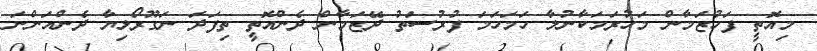
މިއޮތީ ފަހުޒަމާން މަހުރަމަކާނުލާ ހަމަހަމަ ފުރުސަތު ދޭޒަމާން ދެންއޮތީ ތިފަދަ ނަގޫރޯޅިޔާ ދެންއަންނަ